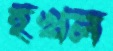
হখল